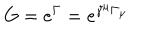
LaTeX: G = e ^ { \Gamma } = e ^ { \gamma ^ { \mu } \Gamma _ { \mu } }